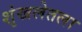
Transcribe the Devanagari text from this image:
शृंखलेतला